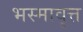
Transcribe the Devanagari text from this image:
भस्मावृत्त